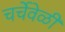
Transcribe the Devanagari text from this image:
चर्चेवेळी